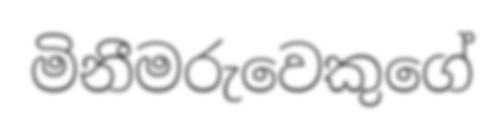
මිනීමරුවෙකුගේ